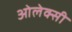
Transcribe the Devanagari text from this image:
ओलेक्सी